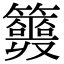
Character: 𥷣